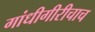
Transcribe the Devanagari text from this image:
गांधीगीरीचाच